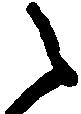
々